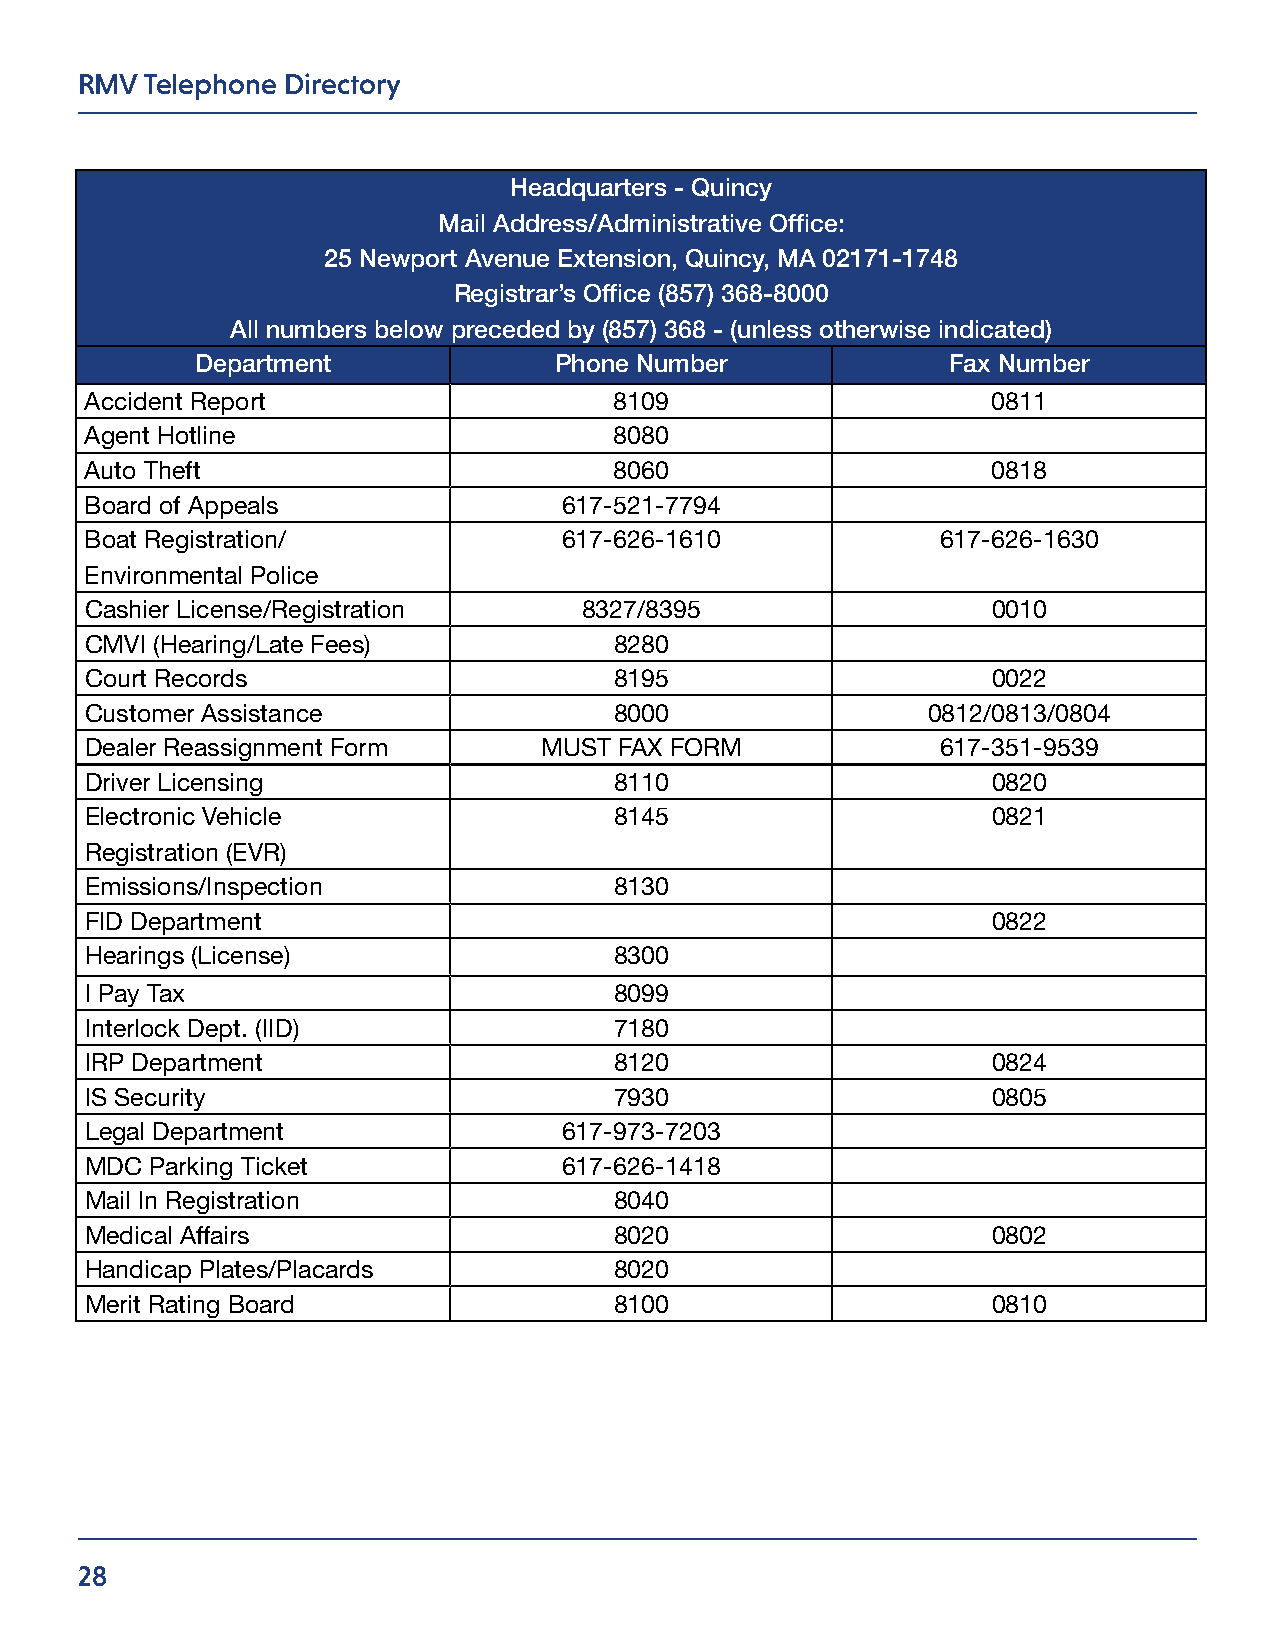
RMV  Telephone Directory
 Headquarters - Quincy
 Mail Address/Administrative Office:
 25 Newport Avenue Extension, Quincy, MA 02171-1748
 Registrar’s Office (857) 368-8000
 All numbers below preceded by (857) 368 - (unless otherwise indicated)
 Department              Phone Number              Fax Number
 Accident Report                    8109                     0811
 Agent Hotline                      8080
 Auto Theft                         8060                     0818
 Board of Appeals               617-521-7794
 Boat Registration/             617-626-1610             617-626-1630
 Environmental Police
 Cashier License/Registration     8327/8395                  0010
 CMVI (Hearing/Late Fees)           8280
 Court Records                      8195                     0022
 Customer Assistance                8000                0812/0813/0804
 Dealer Reassignment Form      MUST FAX FORM             617-351-9539
 Driver Licensing                   8110                     0820
 Electronic Vehicle                 8145                     0821
 Registration (EVR)
 Emissions/Inspection               8130
 FID Department                                              0822
 Hearings (License)                 8300
 I Pay Tax                          8099
 Interlock Dept. (IID)              7180
 IRP Department                     8120                     0824
 IS Security                        7930                     0805
 Legal Department               617-973-7203
 MDC Parking Ticket             617-626-1418
 Mail In Registration               8040
 Medical Affairs                    8020                     0802
 Handicap Plates/Placards           8020
 Merit Rating Board                 8100                     0810
 28